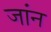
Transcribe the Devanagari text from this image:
जांन